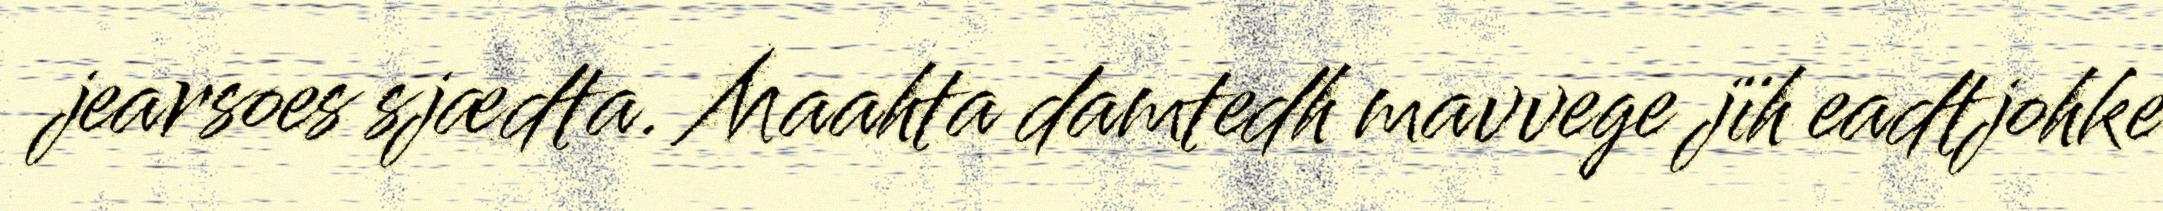
jearsoes sjædta. Maahta damtedh mavvege jïh eadtjohke